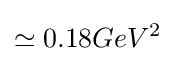
\simeq 0.18GeV^{2}